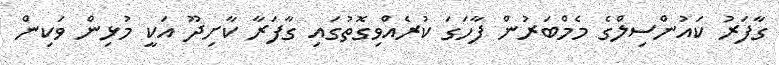
ގާފަރު ކައުންސިލްގެ މެމްބަރުން ފާހަގަ ކުރެއްވިގޮތުގައި ގާފަރާ ކާށިދޫ އަކީ މުޅިން ވަކިން